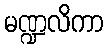
မဏ္ဍလိကာ